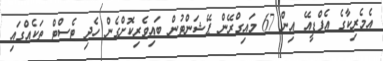
އެމެރިކާގެ އެފްޑީއޭ އިން 67 މައިގްރޭން ޕޭޝަންޓުން ބައިވެރިކޮށްގެން ހެދި ޓެސްޓް ތަކެއްގައި